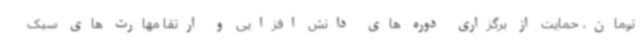
تومان، حمایت از برگزاری دوره های دانش افزایی و ارتقا مهارت های سبک